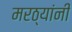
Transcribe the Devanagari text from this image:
मरठ्यांनी